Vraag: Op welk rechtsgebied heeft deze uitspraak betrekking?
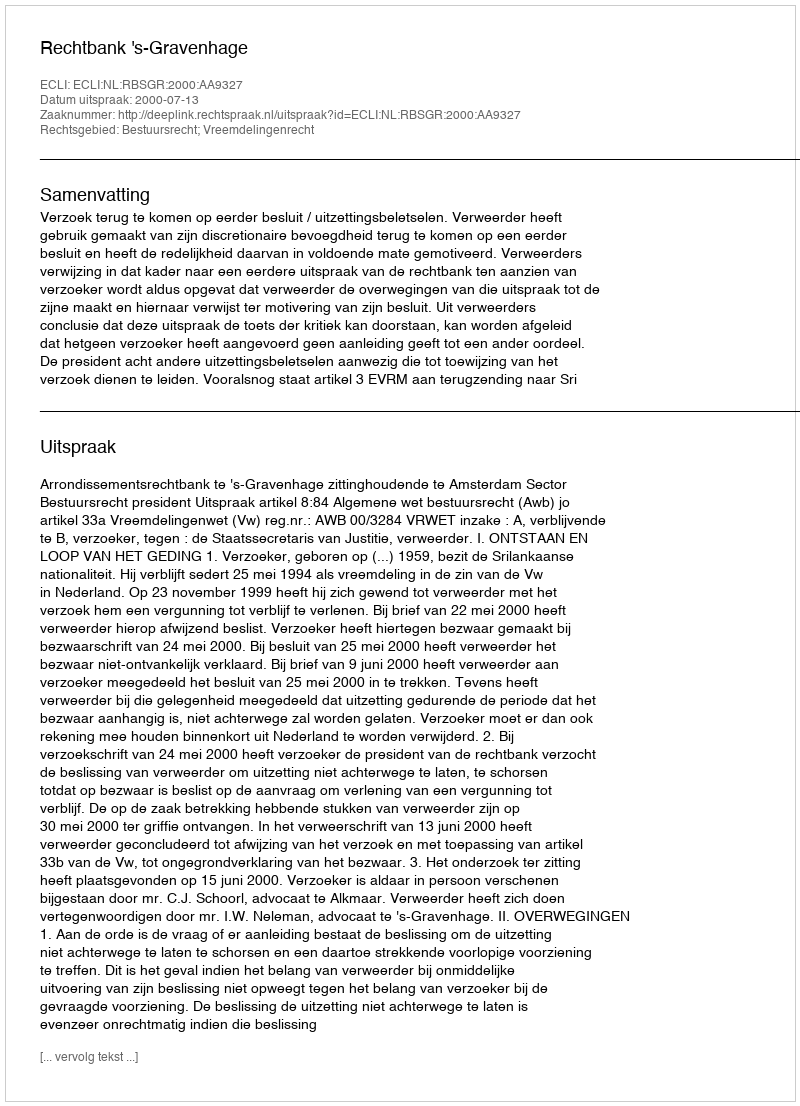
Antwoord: Bestuursrecht; Vreemdelingenrecht